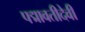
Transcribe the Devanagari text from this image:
पद्मावतीदेवी